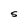
Character: S